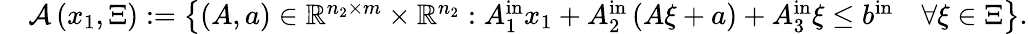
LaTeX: \begin{array}{rl}&{{\mathcal A}\left(x_{1},\Xi\right):=\left\{ \left(A,a\right)\in{\mathbb R}^{n_{2}\times m}\times{\mathbb R}^{n_{2}}:A_{1}^{\mathrm{in}}x_{1}+A_{2}^{\mathrm{in}}\left(A{\xi}+a\right)+A_{3}^{\mathrm{in}}{\xi}\leq b^{\mathrm{in}}\quad\forall{\xi}\in\Xi\right\} .}\end{array}